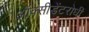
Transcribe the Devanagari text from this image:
ऑक्सीडेंटरोधी